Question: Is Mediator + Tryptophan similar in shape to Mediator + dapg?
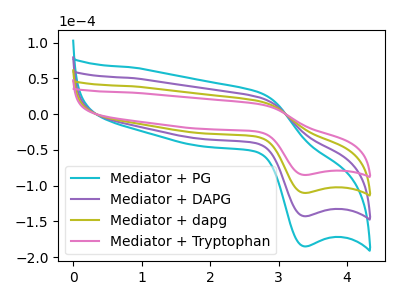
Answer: <think>The cyan curve "Mediator + PG" has an anodic peak at (2.75V, 53.00uA) and a cathodic peak at (3.35V, -330.35uA). The purple curve "Mediator + DAPG" has an anodic peak at (2.75V, 35.35uA) and a cathodic peak at (3.35V, -220.25uA). The olive curve "Mediator + dapg" has an anodic peak at (2.75V, 17.65uA) and a cathodic peak at (3.35V, -110.10uA). The pink curve "Mediator + Tryptophan" has an anodic peak at (2.75V, 13.65uA) and a cathodic peak at (3.35V, -85.00uA).
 All the peaks in "Mediator + Tryptophan" have a peak in "Mediator + dapg" at the same potential. Every peak in "Mediator + Tryptophan" is lower than every peak in "Mediator + dapg".</think>
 <answer>"Mediator + Tryptophan" and "Mediator + dapg" are similar in shape.</answer>
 <eval>same_shape</eval>